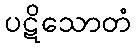
ပဋိသောတံ